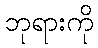
ဘုရားကို